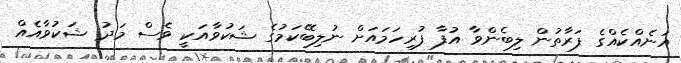
އަނެއްކެއްގެ ފަރާތުން ލިބެންވާ އުފާ ފުރިހަމައަށް ނުލިބޭކަމުގެ ޝަކުވާއަކީ ވެސް މަދު ޝަކުވާއެއް